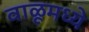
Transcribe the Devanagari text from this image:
वाळूमध्ये